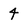
Character: 4